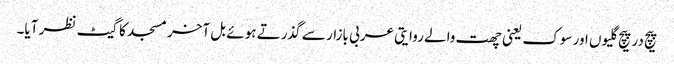
پیچ در پیچ گلیوں اور سوک یعنی چھت والے روایتی عربی بازار سے گذرتے ہوئے بل آخر مسجد کا گیٹ نظر آیا۔